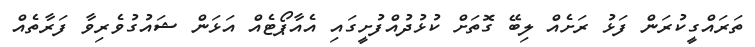
ތަރައްގީކުރަން ފަޅު ރަށެއް ލިބޭ ގޮތަށް ކުޅުދުއްފުށީގައި އެއާޕޯޓެއް އަޅަން ޝައުގުވެރިވާ ފަރާތެއް